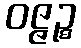
ဝဇ္ဇဉ္စ